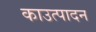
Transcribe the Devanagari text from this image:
काउत्पादन